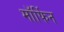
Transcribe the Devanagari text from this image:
माॅर्फिन